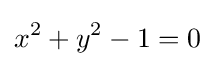
x^{2}+y^{2}-1=0